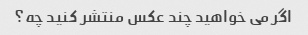
اگر می خواهید چند عکس منتشر کنید چه؟